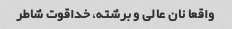
واقعا نان عالی و برشته، خداقوت شاطر